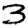
Digit: 3